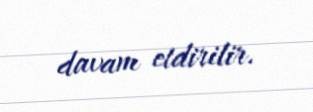
davam etdirilir.